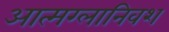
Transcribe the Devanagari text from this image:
आत्मग्लानिवश